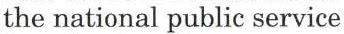
the national public service